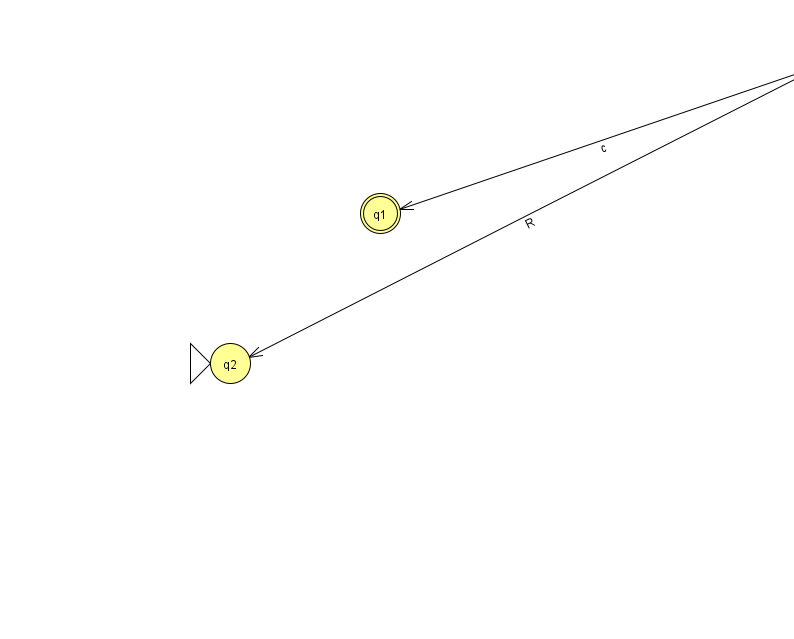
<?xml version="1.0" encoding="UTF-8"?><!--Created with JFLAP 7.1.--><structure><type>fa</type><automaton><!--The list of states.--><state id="0" name="q0"><x>820.0</x><y>50.0</y></state><state id="1" name="q1"><x>380.0</x><y>200.0</y><final/></state><state id="2" name="q2"><x>230.0</x><y>350.0</y><initial/></state><!--The list of transitions.--><transition><from>0</from><to>1</to><read>c</read></transition><transition><from>0</from><to>0</to><read>Z</read></transition><transition><from>0</from><to>2</to><read>R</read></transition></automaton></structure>